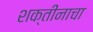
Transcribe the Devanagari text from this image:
शक्तींनाचा